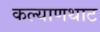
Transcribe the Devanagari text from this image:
कल्याणथाट